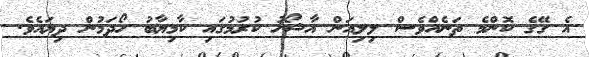
އެ ގޭގެ ކޮންމެ ތަނެއްވެސް ލިލިއަން އާޝޯޚު ކުރުމުގައި ކާމިޔާބު ހޯދަމުން ދިޔައެވެ.